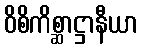
ဝိစိကိစ္ဆာဋ္ဌာနီယာ